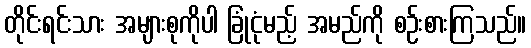
တိုင်းရင်းသား အများစုကိုပါ ခြုံငုံမည့် အမည်ကို စဉ်းစားကြသည်။